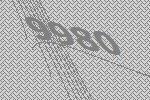
9980